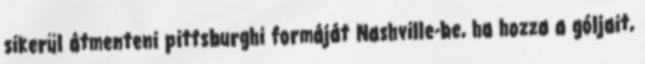
sikerül átmenteni pittsburghi formáját Nashville-be, ha hozza a góljait,